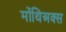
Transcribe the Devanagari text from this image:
मोंथिअक्स